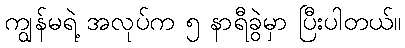
ကျွန်မရဲ့ အလုပ်က ၅ နာရီခွဲမှာ ပြီးပါတယ်။